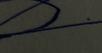
Signature authenticity: forged